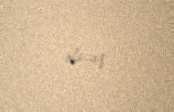
olacaq.